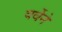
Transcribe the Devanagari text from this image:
बर्वेने